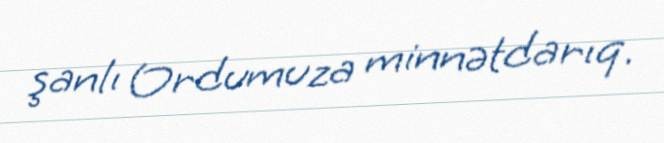
şanlı Ordumuza minnətdarıq.